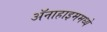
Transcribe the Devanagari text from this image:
ॲनाहाइममध्ये